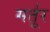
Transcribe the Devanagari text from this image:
मर्तूर